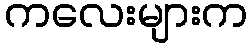
ကလေးများက